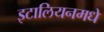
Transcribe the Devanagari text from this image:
इटालियनमधे